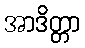
အာဒိတ္တာ